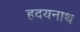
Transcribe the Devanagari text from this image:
हदयनाथ